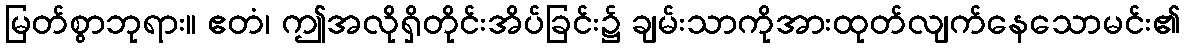
မြတ်စွာဘုရား။ ဧတံ၊ ဤအလိုရှိတိုင်းအိပ်ခြင်း၌ ချမ်းသာကိုအားထုတ်လျက်နေသောမင်း၏